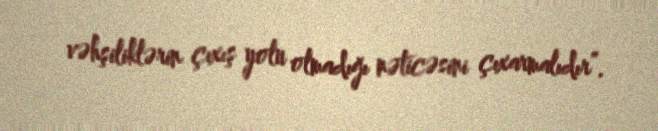
vəhşiliklərin çıxış yolu olmadığı nəticəsini çıxarmalıdır”.